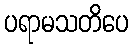
ပရာမသတိပေ